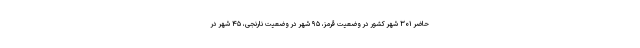
حاضر ۳۰۱ شهر کشور در وضعیت قرمز، ۹۵ شهر در وضعیت نارنجی، ۴۵ شهر در